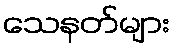
သေနတ်များ